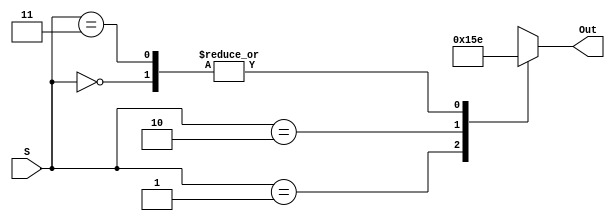
module Decoder2x4(
	input [1:0]S,
	output reg[2:0] Out
    );
	always@(*)
		case(S)
			2'b00: Out = 3'b110;
			2'b01: Out = 3'b101;
			2'b10: Out = 3'b011;
			2'b11: Out = 3'b110;
			
		endcase
endmodule